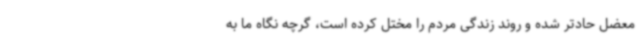
معضل حادتر شده و روند زندگی مردم را مختل کرده است، گرچه نگاه ما به